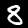
Label: 8